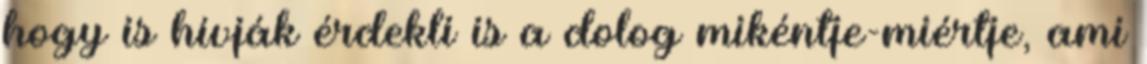
hogy is hívják érdekli is a dolog mikéntje-miértje, ami